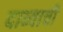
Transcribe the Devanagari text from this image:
दाव्याची